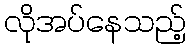
လိုအပ်နေသည့်